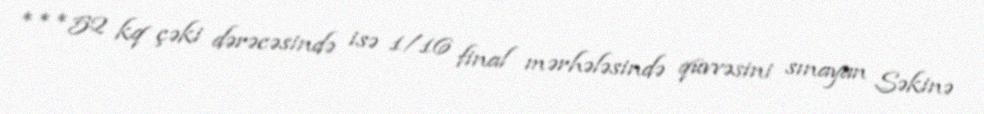
***52 kq çəki dərəcəsində isə 1/16 final mərhələsində qüvvəsini sınayan Səkinə